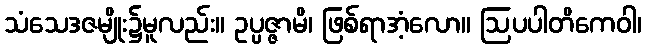
သံသေဒဇမျိုး၌မူလည်း။ ဥပ္ပဇ္ဇာမိ၊ ဖြစ်ရာအံ့လော။ ဩပပါတိကေဝါ၊